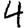
Digit: 4